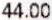
44.00